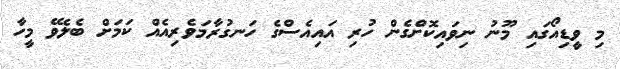
މި ވީޑިއޯގައި މޫނު ނިވައިކޮށްގެން ހުރި އައިއެސްގެ ހަނގުރާމަވެރިއެއް ކަމަށް ބެލެވޭ މީހާ